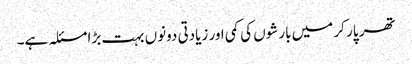
تھر پار کر میں بارشوں کی کمی اور زیادتی دونوں بہت بڑا مسئلہ ہے۔